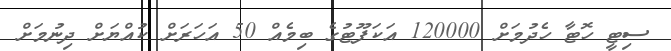
ސިޓީ ހޮޓާ ހެދުމަށް 120000 އަކަފޫޓުގެ ބިމެއް 50 އަހަރަށް ކުއްޔަށް ދިނުމަށް